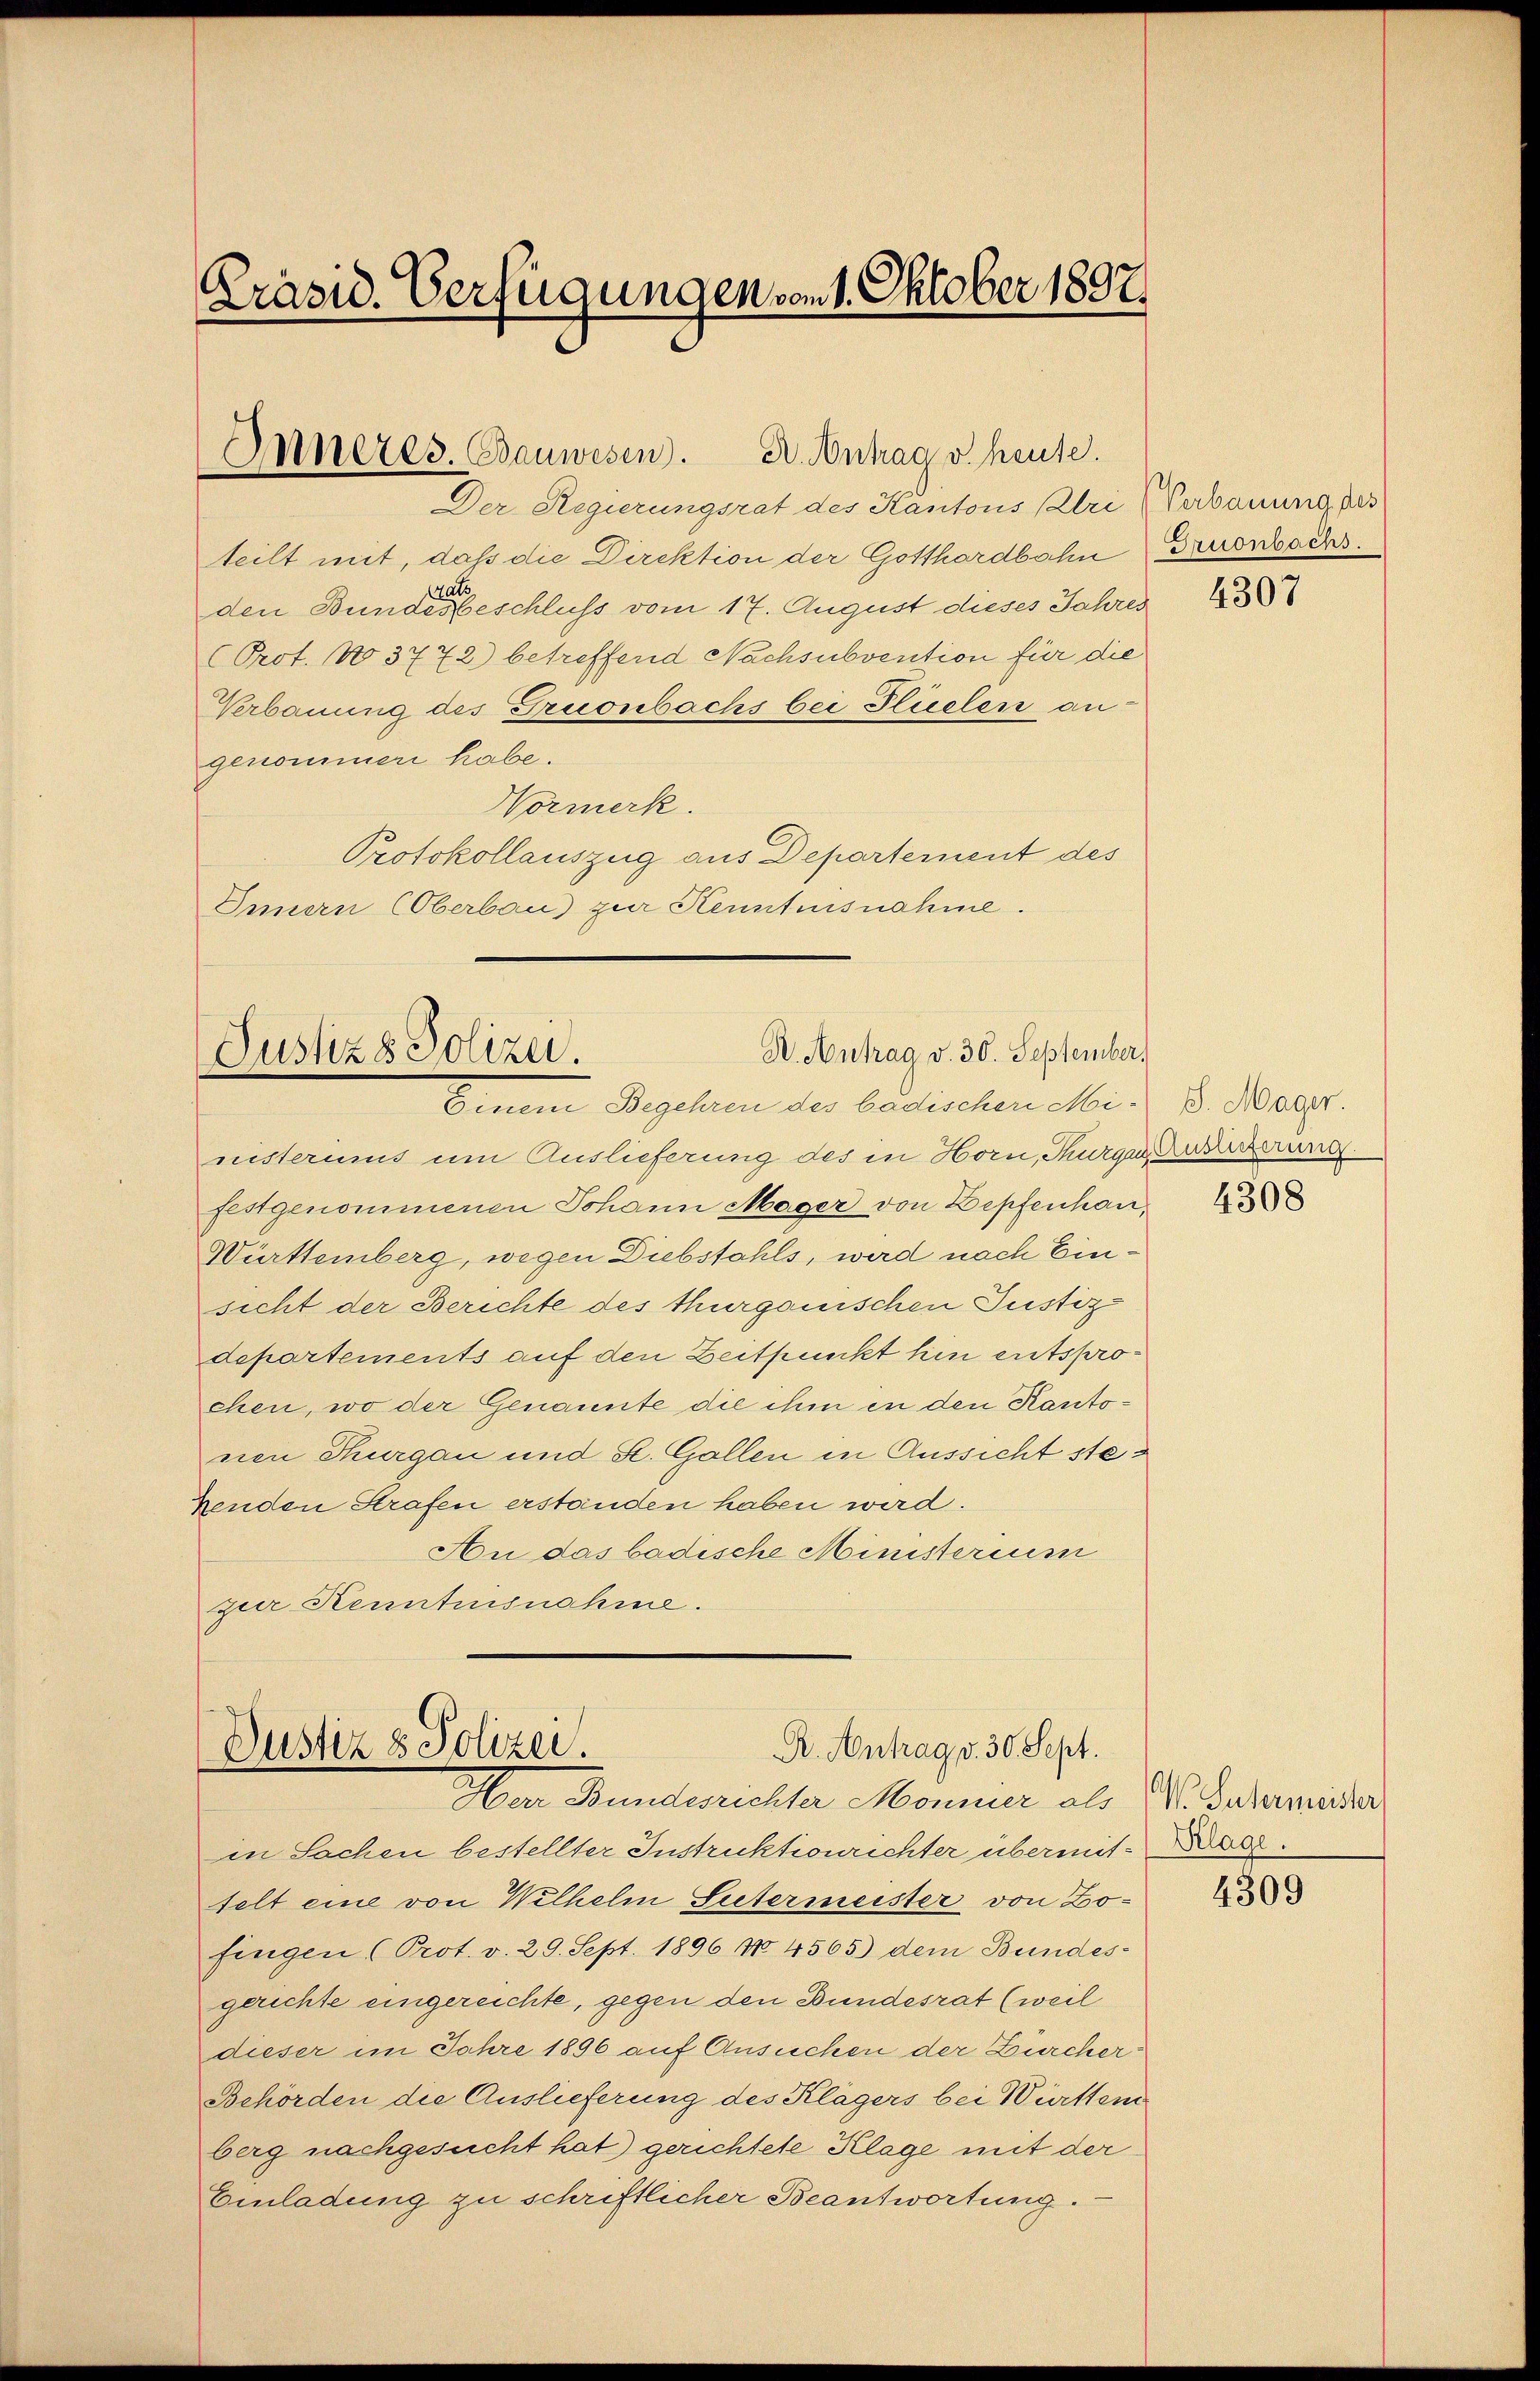
Präsid. Verfügungen vom 1. Oktober 1897.

Der Regierungsrat des Kantons Pri
teilt mit, daß die Direktion der Gotthardbahn
den Bunde beschluss vom 17. August dieses Jahres
Prot. No 3772) betreffend Nachsubvention für die
Verbauung des Truonbachs bei Flüelen an
genommer habe.
Normerk.
Protokollauszug aus Departement des
Innern (Oberbau) zur Kenntnisnahme.

Inneres. Bauwesen. Dr. Antrag v. heute.

Dr. Antrag v. 30. September.
Justizs Polizei.
Einem Begehren der bedischen Mei-

R. Antrag v. 30. Sept.
Justiz & Polizei.
Her Bundesrichter Monier als

nisterums um Auslieferung des in Horn, Kurgarbeiterung
festgenommenen Johann Mager von Depfenhau¬
Württemberg, wegen Diebstahls, wird nach Einsicht der Berichte des thurgauischen Justiz-
departements auf den Zeitpunkt hin entsprochen, wo der Genannte die ihm in den Kantonen Thurgau und St. Gallen in Aussicht ste¬
Zenden Strafen erständen haben wird.
Au das badische Ministerium
zur Kenntnisnahme.

in Sachen bestellter Instruktionrichter übermit-Dose.
felt eine von Wilhelm Sutermeister von Zofingen (Prot. v. 29. Sept. 1896 No. 4565) dem Bundesgerichte eingereichte, gegen den Bundesrat (weil
dieser im Jahre 1896 auf Ansuchen der Durcher¬
Behörden die Auslieferung des Klägers bei Württem
berg nachgesucht hat) gerichtete Klage mit der
Einladung zu schriftlicher Beantwortung.

Verbauung des
Gruonbachs.

4307

S. Mager.

4308

V. Sutermeister

4309